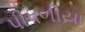
પીપળીયા